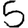
Digit: 5